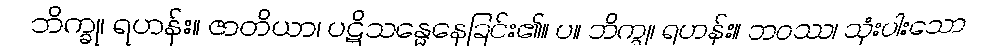
ဘိက္ခု၊ ရဟန်း။ ဇာတိယာ၊ ပဋိသန္ဓေနေခြင်း၏။ ပ။ ဘိက္ခု၊ ရဟန်း။ ဘဝဿ၊ သုံးပါးသော